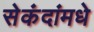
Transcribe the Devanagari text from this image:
सेकंदांमधे